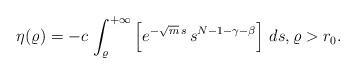
LaTeX: \begin{align*}\eta(\varrho)=-c\,\int_\varrho^{+\infty} \left[e^{-\sqrt{m}\,s}\, s^{N-1-\gamma-\beta}\right]\, ds,\varrho>r_0.\end{align*}